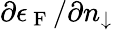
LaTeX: \partial\epsilon_{\mathrm{~F~}}/\partial n_{\downarrow}